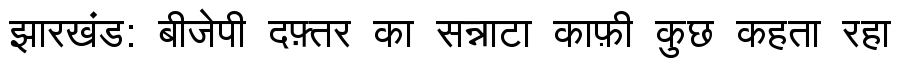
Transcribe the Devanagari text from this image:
झारखंड: बीजेपी दफ़्तर का सन्नाटा काफ़ी कुछ कहता रहा